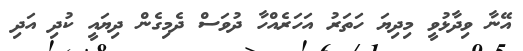
އޭނާ ވިދާޅުވީ މިދިޔަ ހަތަރު އަހަރެއްހާ ދުވަސް ދެމިގެން ދިޔައީ ކުދި އަދި